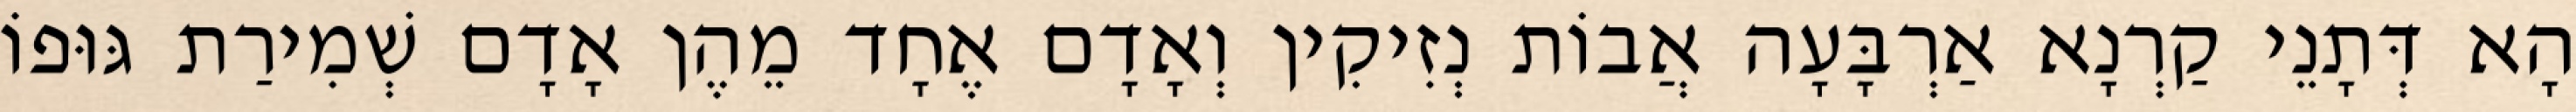
הָא דְּתָנֵי קַרְנָא אַרְבָּעָה אֲבוֹת נְזִיקִין וְאָדָם אֶחָד מֵהֶן אָדָם שְׁמִירַת גּוּפוֹ